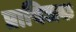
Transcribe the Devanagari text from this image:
प्रायिजक